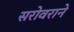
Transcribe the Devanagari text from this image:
सरोवराने